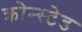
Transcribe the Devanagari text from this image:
क्रोन्स्टेड